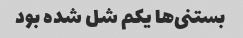
بستنی‌ها یکم شل شده بود